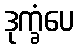
ဒုက္ခံပေ